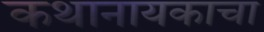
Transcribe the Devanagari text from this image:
कथानायकाचा